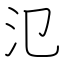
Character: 氾